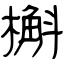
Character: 槲